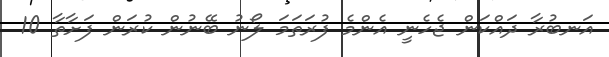
އަނބުރާ ދައްކަން ޖެހެނީ އެންމެ ފުރަތަމަ ލޯނު ބޭނުން ކުރަން ފަށާތާ 10